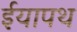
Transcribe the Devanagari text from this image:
ईयापथ